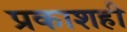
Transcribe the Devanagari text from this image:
प्रकाशही